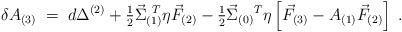
LaTeX: \begin{align*}\delta A_{(3)} \;=\; d\Delta^{(2)}+{\textstyle\frac{1}{2}}\vec{\Sigma}_{(1)}^{\ T}\eta\vec{F}_{(2)}-{\textstyle\frac{1}{2}}\vec{\Sigma}_{(0)}{}^{T}\eta \left[ \vec{F}_{(3)}-A_{(1)}\vec{F}_{(2)} \right] \; .\end{align*}